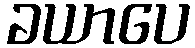
ခယာပေ